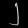
Digit: ၂